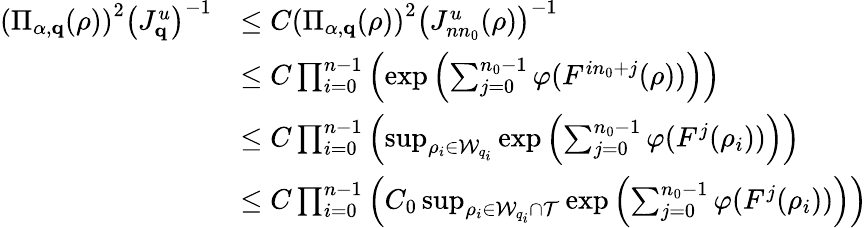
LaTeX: \begin{array}{rl}{\left(\Pi_{\alpha,\mathbf{q}}(\rho)\right)^{2}\left(J_{\mathbf{q}}^{u}\right)^{-1}}&{\leq C\left(\Pi_{\alpha,\mathbf{q}}(\rho)\right)^{2}\left(J_{nn_{0}}^{u}(\rho)\right)^{-1}}\\ &{\leq C\prod_{i=0}^{n-1}\left(\exp\left(\sum_{j=0}^{n_{0}-1}\varphi(F^{in_{0}+j}(\rho))\right)\right)}\\ &{\leq C\prod_{i=0}^{n-1}\left(\operatorname*{sup}_{\rho_{i}\in\mathcal{W}_{q_{i}}}\exp\left(\sum_{j=0}^{n_{0}-1}\varphi(F^{j}(\rho_{i}))\right)\right)}\\ &{\leq C\prod_{i=0}^{n-1}\left(C_{0}\operatorname*{sup}_{\rho_{i}\in\mathcal{W}_{q_{i}}\cap\mathcal{T}}\exp\left(\sum_{j=0}^{n_{0}-1}\varphi(F^{j}(\rho_{i}))\right)\right)}\end{array}